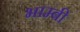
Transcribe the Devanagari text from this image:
भाम्बी